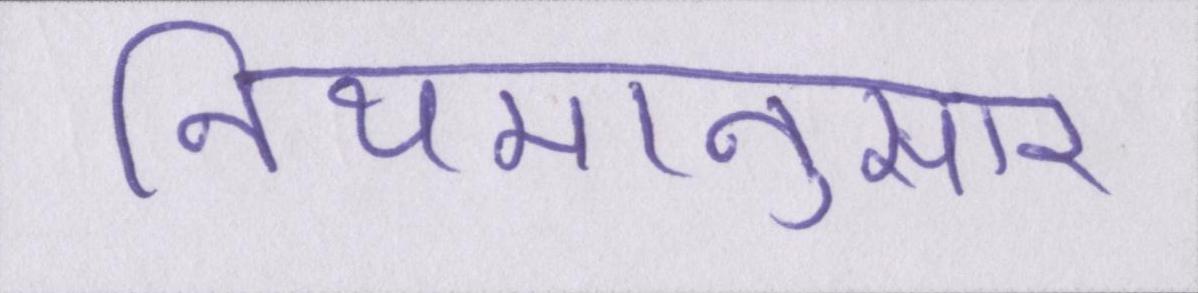
नियमानुसार